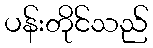
ပန်းတိုင်သည်